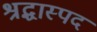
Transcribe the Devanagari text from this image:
श्रद्धास्पद